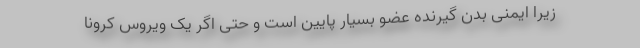
زیرا ایمنی بدن گیرنده عضو بسیار پایین است و حتی اگر یک ویروس کرونا